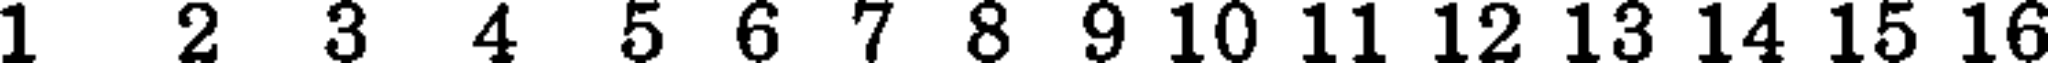
1 2 3 4 5 6 7 8 9 10 11 12 13 14 15 16